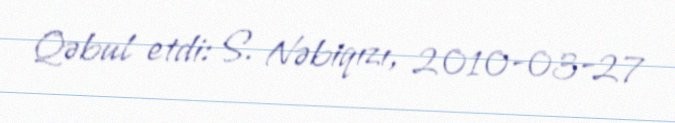
Qəbul etdi: S. Nəbiqızı, 2010-03-27